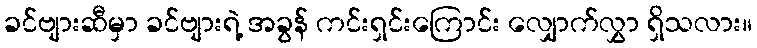
ခင်ဗျားဆီမှာ ခင်ဗျားရဲ့ အခွန် ကင်းရှင်းကြောင်း လျှောက်လွှာ ရှိသလား။